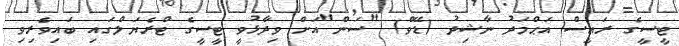
ޓީސީގެ ރައީސް އަޙްމަދު ނާޝިދު (ޑޭވް) "ސަން"އަށް ވިދާޅުވީ ޓީސީގެ ޓްރެޔަލްގައި ބައިވެރިވި